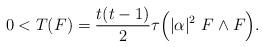
LaTeX: \begin{align*} 0 < T(F) = \frac{t(t-1)}{2}\tau\Big(|\alpha|^2\ F\wedge F\Big). \end{align*}